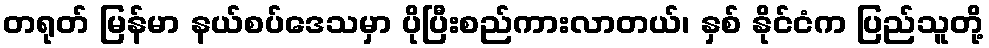
တရုတ် မြန်မာ နယ်စပ်ဒေသမှာ ပိုပြီးစည်ကားလာတယ်၊ နှစ် နိုင်ငံက ပြည်သူတို့